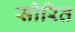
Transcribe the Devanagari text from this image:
सोरित